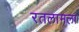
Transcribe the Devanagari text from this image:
रतलामला